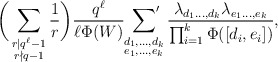
\begin{align*}\bigg(\sum_{\substack{r \mid q^{\ell} - 1 \\ r \nmid q-1}} \frac{1}{r}\bigg) \frac{q^\ell}{\ell\Phi(W)} \sideset{}{'}\sum_{\substack{d_1, \ldots, d_k \\ e_1, \ldots, e_k}} \frac{\lambda_{d_1 \ldots, d_k} \lambda_{e_1 \ldots, e_k}}{\prod_{i = 1}^k \Phi([d_i, e_i])},\end{align*}